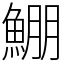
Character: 𩸀